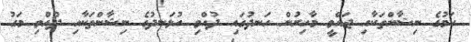
ކަމުގެ ނިޝާންތަކާއި ޖައްވީ މާހިރުން ހަނދުގައި ދުއްވި އުޅަނދުގެ ނިޝާންތަކާއި ދުއްވި މަގު